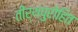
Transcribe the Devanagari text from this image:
तीर्थपुरोहित